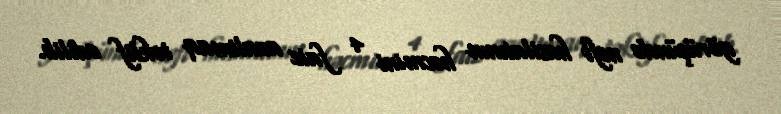
görüşündə neft hasilatının həcmini 4 faiz azaltmaq təklif edilib.